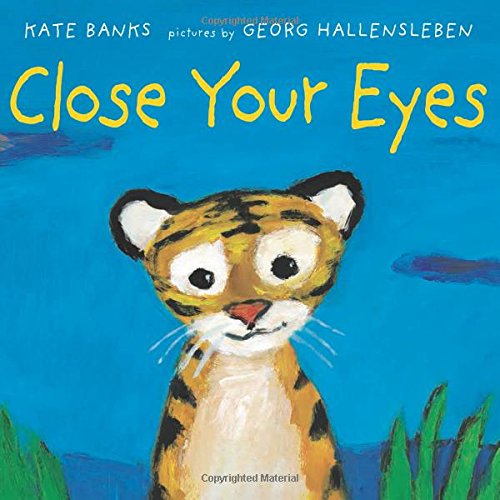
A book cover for Close Your Eyes; Kate Banks; Children's Books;